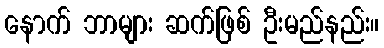
နောက် ဘာများ ဆက်ဖြစ် ဦးမည်နည်း။